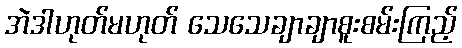
အဲဒါဟုတ်မဟုတ် သေသေချာချာစူးစမ်းကြည့်